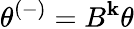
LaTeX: \theta^{(-)}=B^{\mathbf{k}}\theta